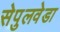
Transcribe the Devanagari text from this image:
सेपुलवेडा